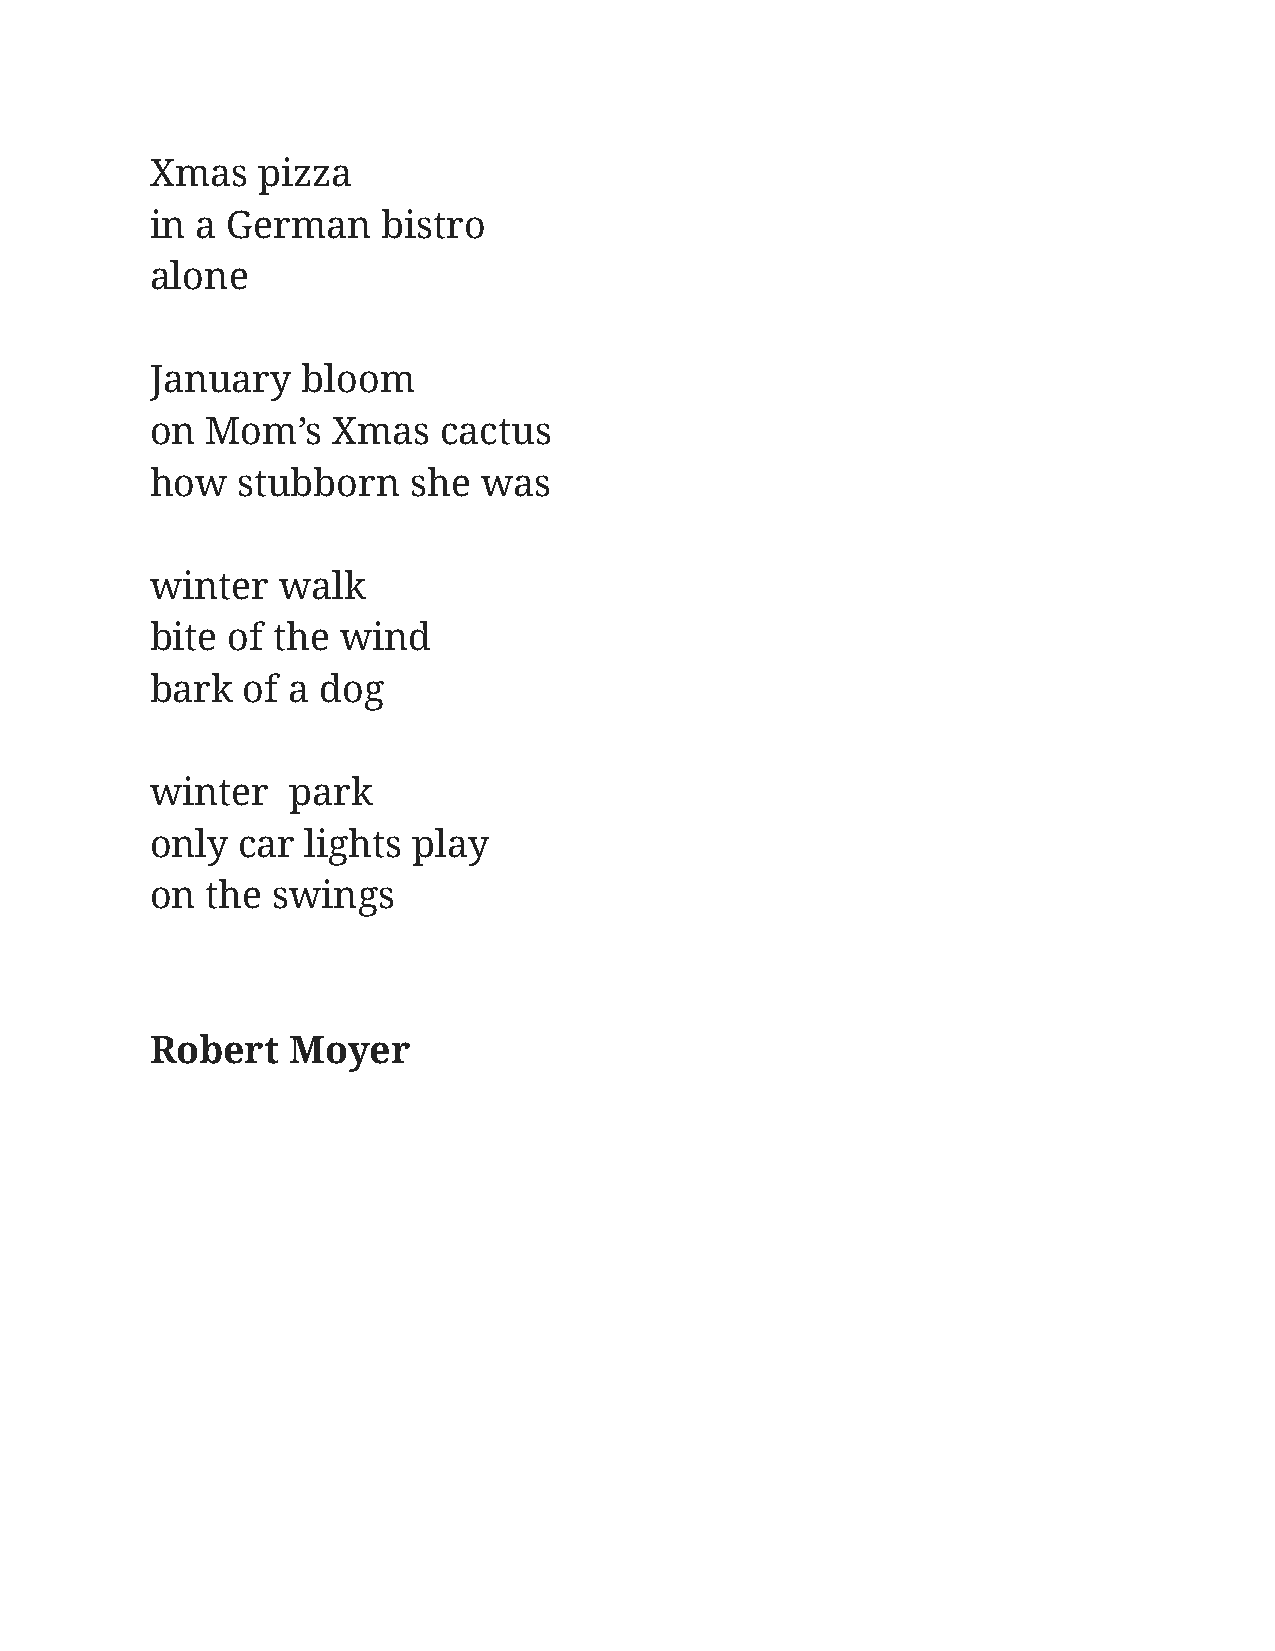
Xmas   pizza
 in a German    bistro
 alone
 January   bloom
 on  Mom’s   Xmas   cactus
 how   stubborn   she  was
 winter  walk
 bite of the  wind
 bark  of a dog
 winter   park
 only  car lights play
 on  the swings
 Robert   Moyer